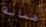
ضمانة